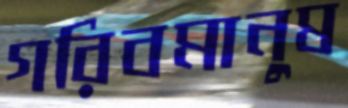
গরিবমানুষ